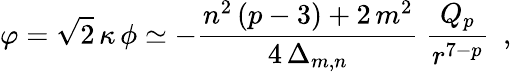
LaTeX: \varphi=\sqrt{2}\, \kappa\, \phi\simeq-\frac{n^{2}\, (p-3)+2\, m^{2}}{4\, \Delta_{m,n}}~\frac{Q_{p}}{r^{7-p}}~~,